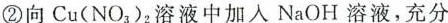
②向Cu(NO_{3})_{2}溶液中加入NaOH溶液，充分